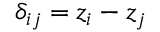
\delta _ { i j } = z _ { i } - z _ { j }